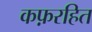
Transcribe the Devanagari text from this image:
कफ़रहित